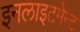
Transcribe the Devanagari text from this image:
इनलाइटमेन्ट